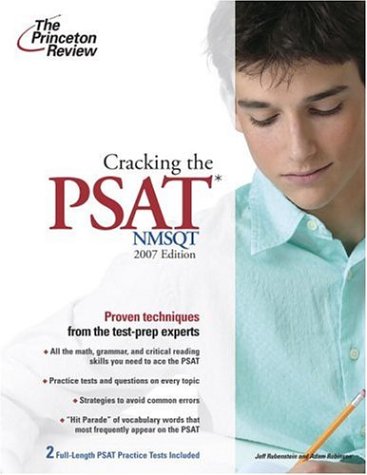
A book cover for Cracking the PSAT/NMSQT, 2007 Edition (College Test Preparation); Princeton Review; Test Preparation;